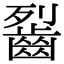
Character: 䶛